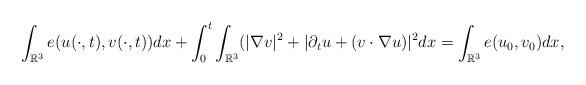
LaTeX: \begin{align*}\int_{\mathbb R^3}e(u(\cdot,t),v(\cdot,t))dx+\int_{0}^{t}\int_{\mathbb R^3}(|\nabla v|^2+|\partial_tu+(v\cdot\nabla u)|^2dx=\int_{\mathbb{R}^3}e(u_0,v_0)dx,\end{align*}